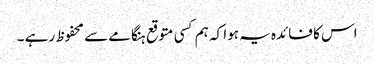
اس کا فائدہ یہ ہوا کہ ہم کسی متوقع ہنگامے سے محفوظ رہے ۔